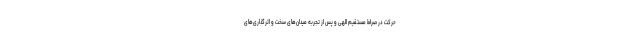
حرکت در صراط مستقیم الهی و پس از تجربه میدان‌های سخت و اثرگذاری‌های